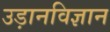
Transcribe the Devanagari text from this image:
उड़ानविज्ञान